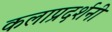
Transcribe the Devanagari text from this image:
कलाप्रदर्शनी